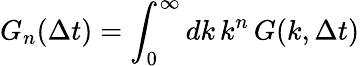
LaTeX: G_{n}(\Delta t)=\int_{0}^{\infty}dk\, k^{n}\, G(k,\Delta t)